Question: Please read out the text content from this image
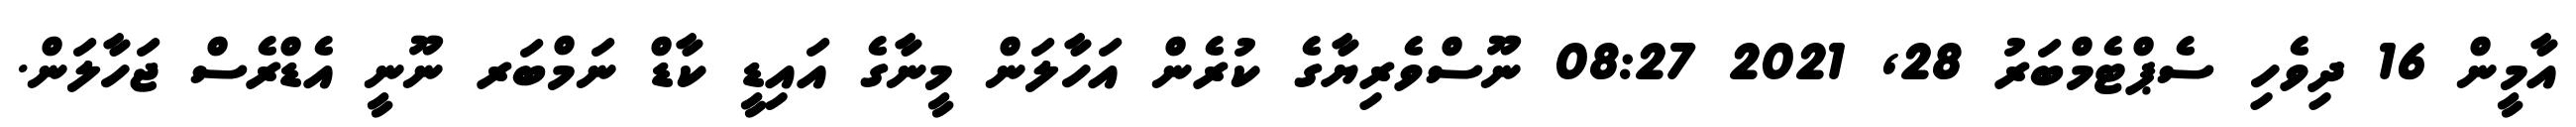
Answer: އާމީން 16 ދިވެހި ސެޕްޓެމްބަރު 28, 2021 08:27 ނޫސްވެރިޔާގެ ކުރެން އަހާލަން މީނާގެ އައިޑީ ކާޑް ނަމްބަރ ނޫނީ އެޑްރެސް ޖަހާލަން.